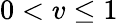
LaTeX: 0<v\leq 1